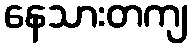
နေသားတကျ